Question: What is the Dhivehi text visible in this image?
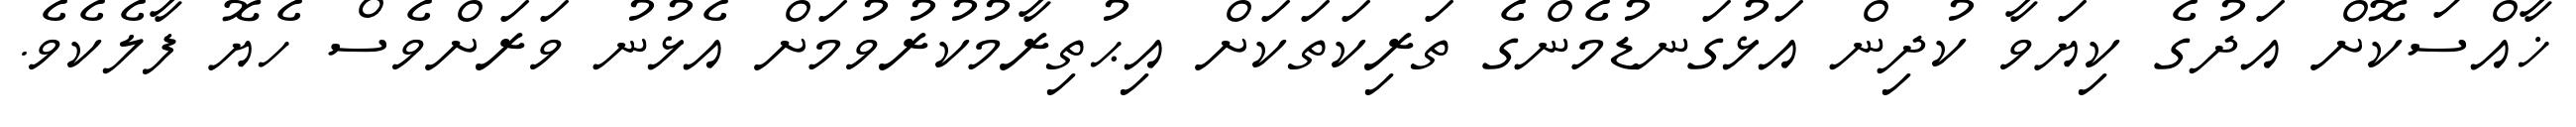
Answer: ޚާއްސަކޮށް އަދުގެ ކިޔަވާ ކުދިން އަޅުގަނޑުމެންގެ ތަރިކަތަކަށް އިޙުތިރާމުކުރުވުމަށް އެޅުނު ވަރަށްވެސް ހެޔޮ ފާލެކެވެ.